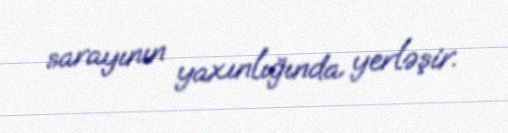
sarayının yaxınlığında yerləşir.